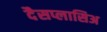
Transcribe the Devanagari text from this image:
दैसप्लासिअ